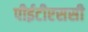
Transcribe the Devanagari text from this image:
पीईटीएससी